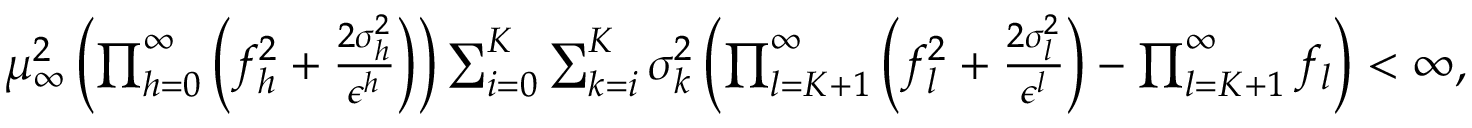
\begin{array} { r } { \mu _ { \infty } ^ { 2 } \left( \prod _ { h = 0 } ^ { \infty } \left( f _ { h } ^ { 2 } + \frac { 2 \sigma _ { h } ^ { 2 } } { \epsilon ^ { h } } \right) \right) \sum _ { i = 0 } ^ { K } \sum _ { k = i } ^ { K } \sigma _ { k } ^ { 2 } \left( \prod _ { l = K + 1 } ^ { \infty } \left( f _ { l } ^ { 2 } + \frac { 2 \sigma _ { l } ^ { 2 } } { \epsilon ^ { l } } \right) - \prod _ { l = K + 1 } ^ { \infty } f _ { l } \right) < \infty , } \end{array}